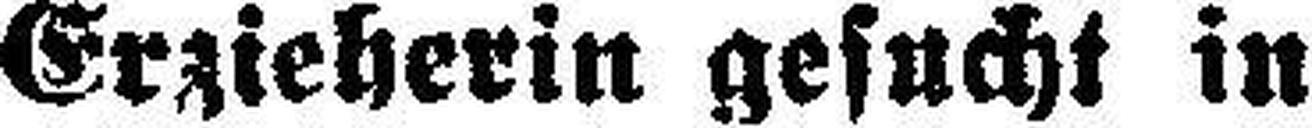
Erzieherin gesucht in